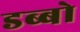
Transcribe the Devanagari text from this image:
डब्बो